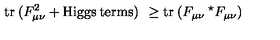
\mathrm { t r } \: ( F _ { \mu \nu } ^ { 2 } + \mathrm { H i g g s \: t e r m s } ) \: \: \ge \mathrm { t r } \: ( F _ { \mu \nu } \: ^ { \star } F _ { \mu \nu } )